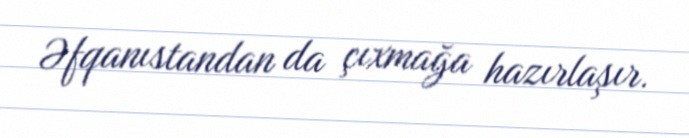
Əfqanıstandan da çıxmağa hazırlaşır.